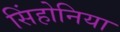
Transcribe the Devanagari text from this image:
सिंहोनिया